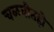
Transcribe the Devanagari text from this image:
चळवीतही